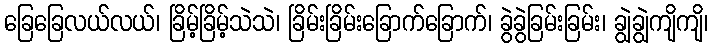
ခြေခြေလယ်လယ်၊ ခြိမ့်ခြိမ့်သဲသဲ၊ ခြိမ်းခြိမ်းခြောက်ခြောက်၊ ခွဲခွဲခြမ်းခြမ်း၊ ချွဲချွဲကျိကျိ၊